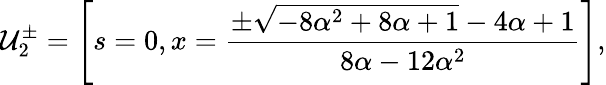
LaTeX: \mathcal{U}_{2}^{\pm}=\Bigg[s=0,x=\frac{\pm\sqrt{-8\alpha^{2}+8\alpha+1}-4\alpha+1}{8\alpha-12\alpha^{2}}\Bigg],